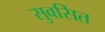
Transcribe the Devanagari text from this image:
सुवसित